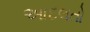
આદલતો